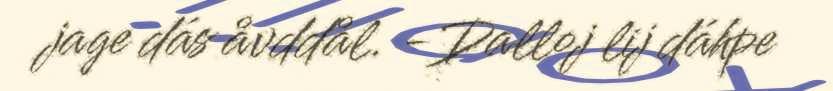
jage dás åvddål. -Dalloj lij dáhpe